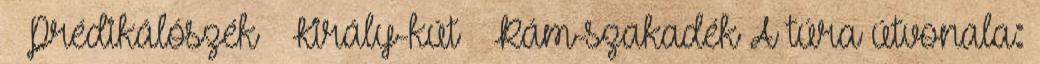
– Prédikálószék – Király-kút – Rám-szakadék A túra útvonala: